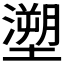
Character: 𭏺